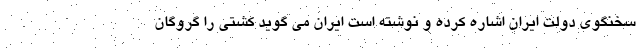
سخنگوی دولت ایران اشاره کرده و نوشته است ایران می گوید کشتی را گروگان